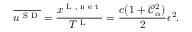
\overline { { u ^ { \textnormal { S D } } } } = \frac { x ^ { \textnormal { L , n e t } } } { T ^ { \textnormal { L } } } = \frac { c ( 1 + \mathcal { C } _ { \alpha } ^ { 2 } ) } { 2 } \epsilon ^ { 2 } .